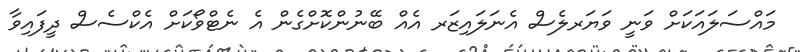
މައްސަލައަކަށް ވަނީ ވަޔަރލެސް އެނަލައިޒަރ އެއް ބޭނުންކޮށްގެން އެ ނެޓްވޯކަށް އެކްސެސް ދީފައިވާ